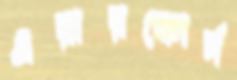
এয়ারফোর্স